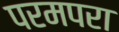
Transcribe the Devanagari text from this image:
परमपरा